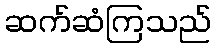
ဆက်ဆံကြသည်